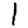
Digit: 1